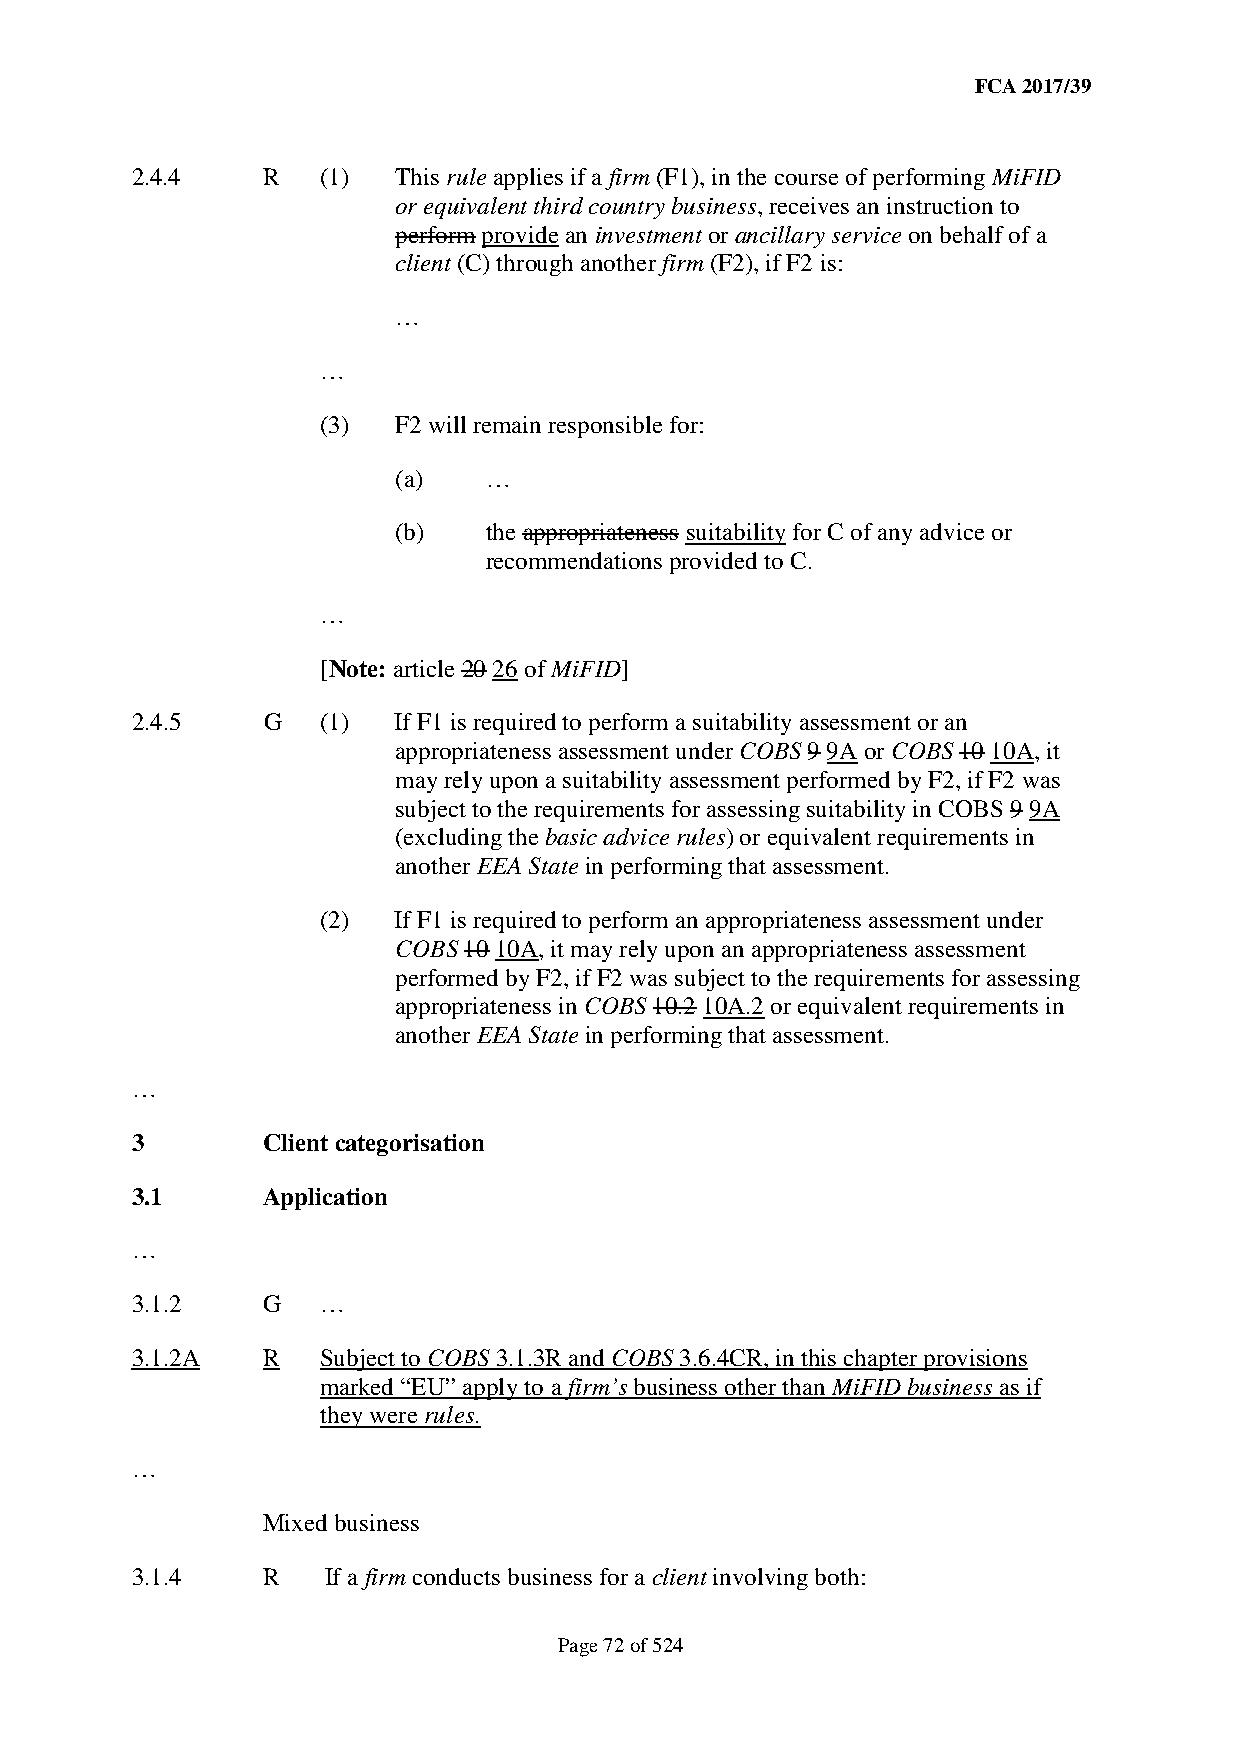
FCA 2017/39
 2.4.4   R   (1)  This rule applies if a firm (F1), in the course of performing MiFID
 or equivalent third country business, receives an instruction to
 perform provide an investment or ancillary service on behalf of a
 client (C) through another firm (F2), if F2 is:
 …
 …
 (3)  F2 will remain responsible for:
 (a)   …
 (b)   the appropriateness suitability for C of any advice or
 recommendations provided to C.
 …
 [Note: article 20 26 of MiFID]
 2.4.5   G   (1)  If F1 is required to perform a suitability assessment or an
 appropriateness assessment under COBS 9 9A or COBS 10 10A, it
 may rely upon a suitability assessment performed by F2, if F2 was
 subject to the requirements for assessing suitability in COBS 9 9A
 (excluding the basic advice rules) or equivalent requirements in
 another EEA State in performing that assessment.
 (2)  If F1 is required to perform an appropriateness assessment under
 COBS 10 10A, it may rely upon an appropriateness assessment
 performed by F2, if F2 was subject to the requirements for assessing
 appropriateness in COBS 10.2 10A.2 or equivalent requirements in
 another EEA State in performing that assessment.
 …
 3       Client categorisation
 3.1     Application
 …
 3.1.2   G   …
 3.1.2A  R   Subject to COBS 3.1.3R and COBS 3.6.4CR, in this chapter provisions
 marked “EU” apply to a firm’s business other than MiFID business as if
 they were rules.
 …
 Mixed business
 3.1.4   R   If a firm conducts business for a client involving both:
 Page 72 of 524